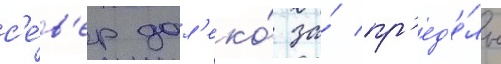
с'е́в'ер дал'еко́ за́ пр'ед'е́лы